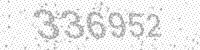
Solution: 336952